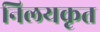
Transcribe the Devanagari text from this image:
निलयकृत